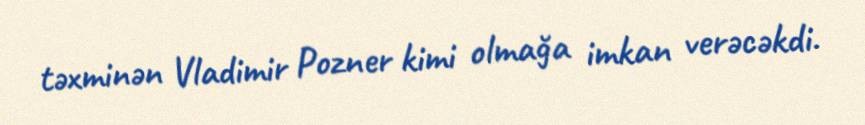
təxminən Vladimir Pozner kimi olmağa imkan verəcəkdi.